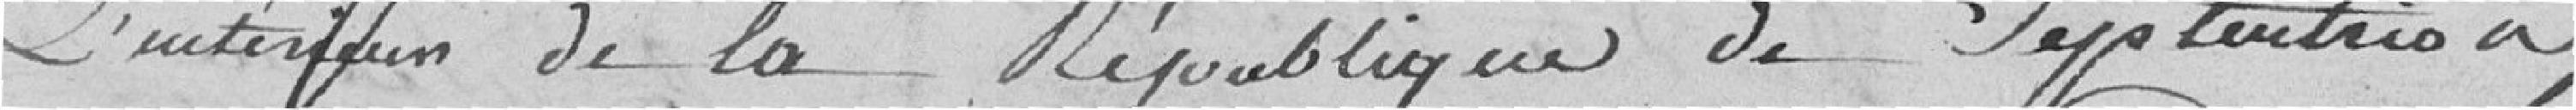
l'intérieur de la République de Septentrion